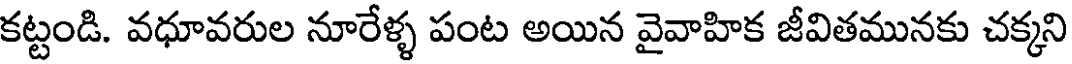
కట్టండి. వధూవరుల నూరేళ్ళ పంట అయిన వైవాహిక జీవితమునకు చక్కని